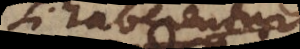
si haberentur